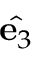
\hat { \mathbf { e } _ { 3 } }